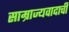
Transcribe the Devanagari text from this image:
साम्राज्यवादाची